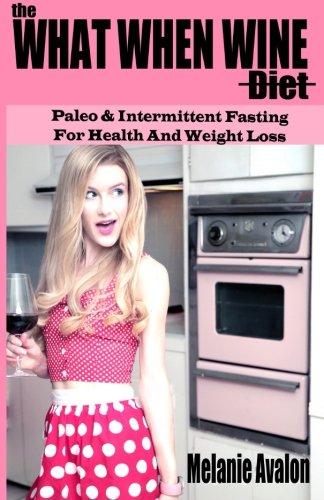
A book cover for The What When Wine Diet: Paleo and Intermittent Fasting for Health and Weight Loss; Melanie Avalon; Health, Fitness & Dieting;